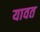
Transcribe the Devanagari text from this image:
यावत